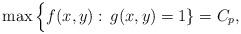
LaTeX: \begin{align*} \max\Big \{f(x,y):\, g(x,y)=1\}=C_p,\end{align*}